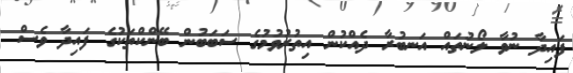
ފައިދާ ނުވާ ލޯނުތައް އަނބުރާ ދެއްކުން އިތުރުވުމުގެ ސަބަބުން ބޭންކްތަކުގެ ފައިދާ ވެސް